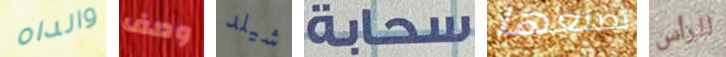
والداه وصف شيلد سحابة تصنعها للرأس